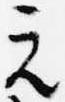
元